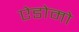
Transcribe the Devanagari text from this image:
ऐडोमो